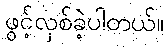
ဖွင့်လှစ်ခဲ့ပါတယ်။